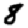
Digit: 8